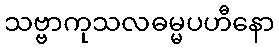
သဗ္ဗာကုသလဓမ္မပဟီနော